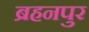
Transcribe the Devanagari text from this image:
ब्रहनपुर